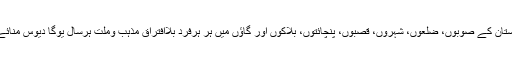
ہندوستان کے صوبوں، ضلعوں، شہروں، قصبوں، پنچائتوں، بلاکوں اور گاؤں میں ہر ہرفرد بلاافتراق مذہب وملت ہرسال یوگا دیوس منائے گا۔